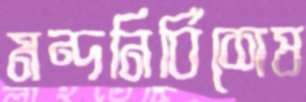
মন্দনির্বিশেষ